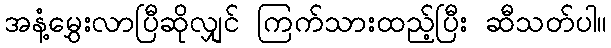
အနံ့မွှေးလာပြီဆိုလျှင် ကြက်သားထည့်ပြီး ဆီသတ်ပါ။